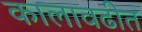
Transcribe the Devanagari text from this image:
कालावढीत